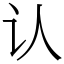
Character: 认